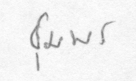
ชุมพร